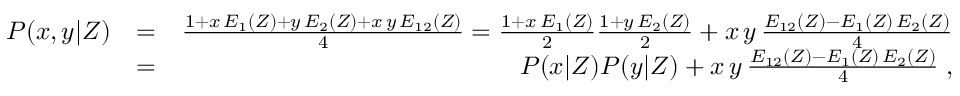
\begin{array} { r l r } { P ( x , y | Z ) } & { = } & { \frac { 1 + x \, E _ { 1 } ( Z ) + y \, E _ { 2 } ( Z ) + x \, y \, E _ { 1 2 } ( Z ) } { 4 } = \frac { 1 + x \, E _ { 1 } ( Z ) } { 2 } \frac { 1 + y \, E _ { 2 } ( Z ) } { 2 } + x \, y \, \frac { E _ { 1 2 } ( Z ) - E _ { 1 } ( Z ) \, E _ { 2 } ( Z ) } { 4 } } \\ & { = } & { P ( x | Z ) P ( y | Z ) + x \, y \, \frac { E _ { 1 2 } ( Z ) - E _ { 1 } ( Z ) \, E _ { 2 } ( Z ) } { 4 } \; , } \end{array}